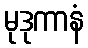
မုဒုကာနံ